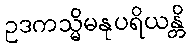
ဥဒကသ္မိမနုပရိယန္တိ